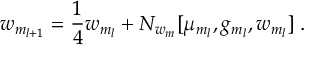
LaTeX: w _ { m _ { l + 1 } } = { \frac { 1 } { 4 } } w _ { m _ { l } } + N _ { w _ { m } } [ \mu _ { m _ { l } } , g _ { m _ { l } } , w _ { m _ { l } } ] \; .